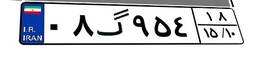
۰۸گ۹۵۴۱۸